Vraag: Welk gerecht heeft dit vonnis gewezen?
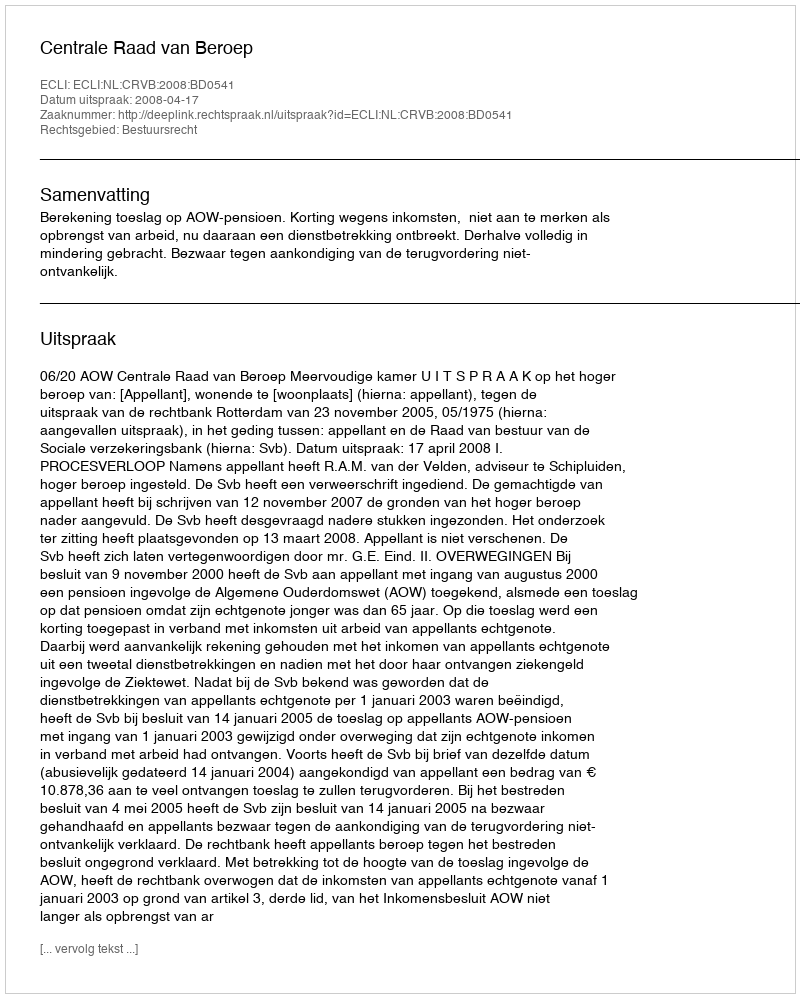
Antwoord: Centrale Raad van Beroep